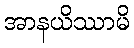
အာနယိဿာမိ